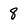
Character: 8